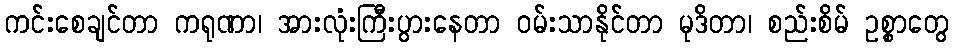
ကင်းစေချင်တာ ကရုဏာ၊ အားလုံးကြီးပွားနေတာ ဝမ်းသာနိုင်တာ မုဒိတာ၊ စည်းစိမ် ဥစ္စာတွေ